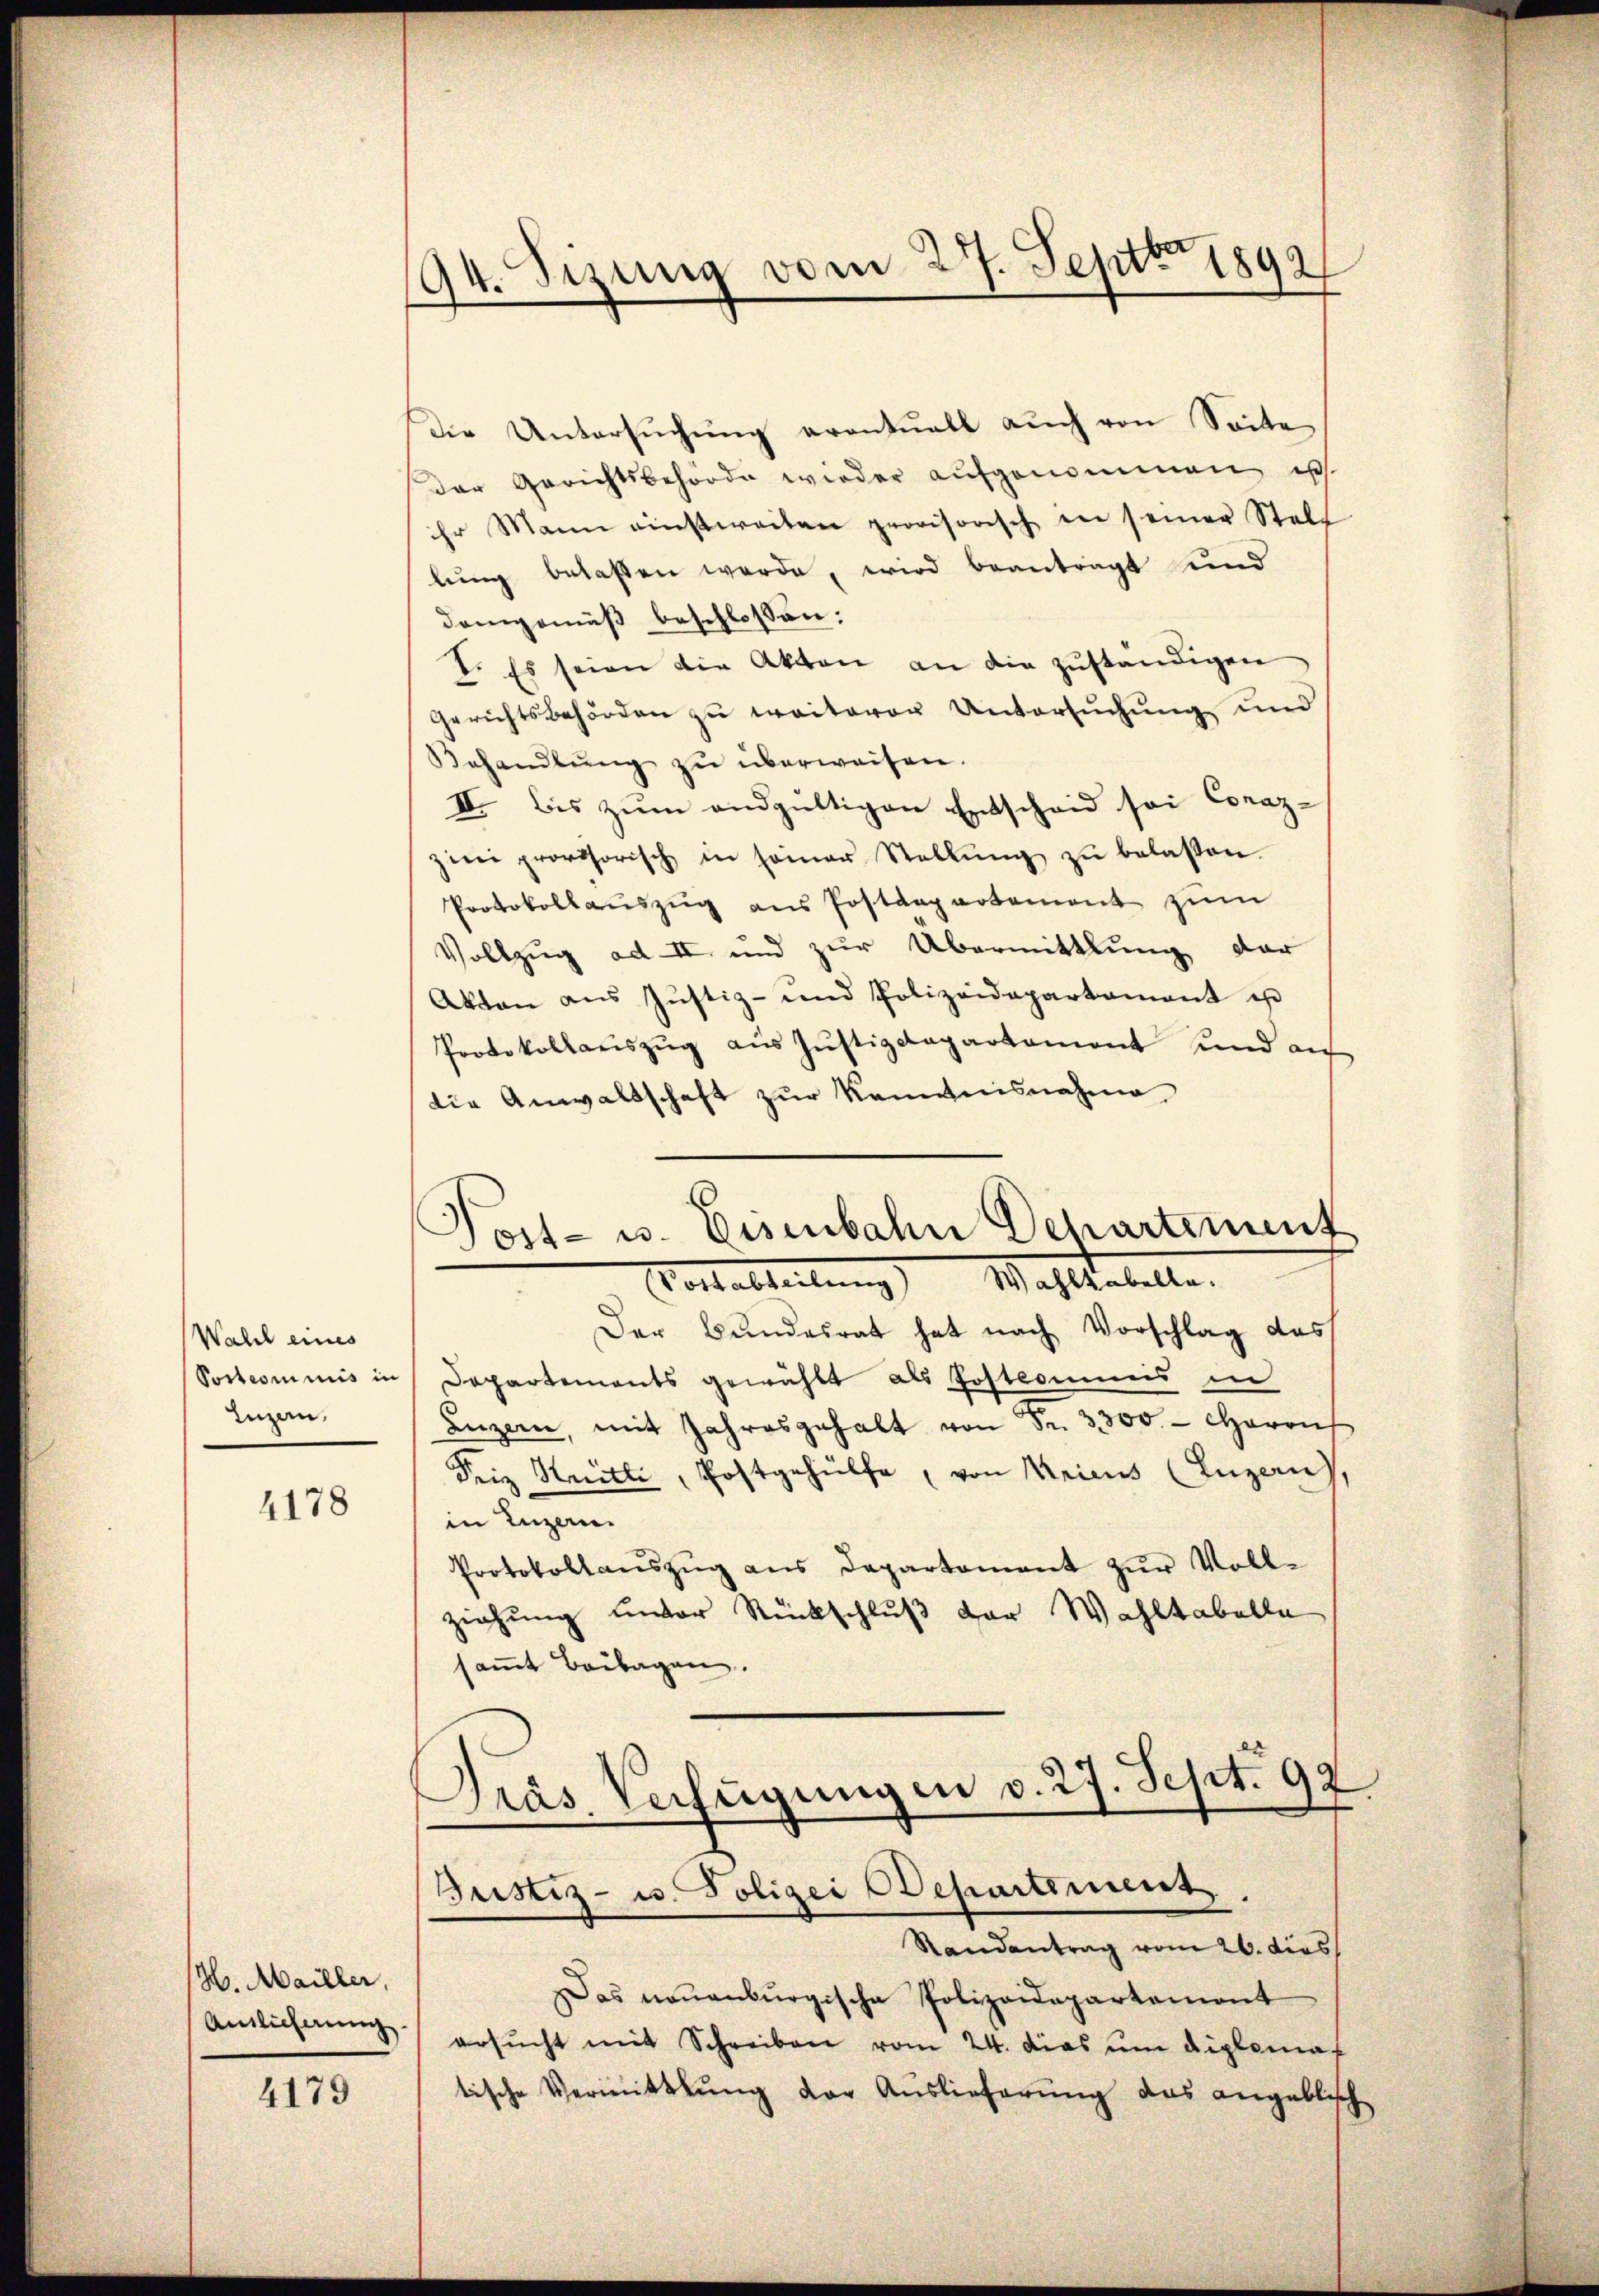
Wahl eines
Postcommis in
Luzern,

4178

H. Mailler.
Antlicherung

4179

94. Sizung vom 27. Septbr 1892

Die Untersŭchŭng eventuell auch von Seite
Der Gerichtsbehörde wieder aufgenommen ist
ihr Mann einstweiten provisorisch in seiner Stell
lung belassen werde, wird beantragt und
demgemäß beschlossen:
1. Es seien die Akten an die zuständigen
Gerichtsbehörden zu weiteren Untersuchung und
Behandlŭng zŭ überweisen.
II. bis zum andgültigen Entscheid sei Conaz-
zini provisorisch in seiner Stellŭng zŭ belassen.
Protokollauszug aus Postdepartement zum
Vollzug ad II und zur Übermittlung der
Akten aus Jŭstiz- und Polizeidepartamant es
Protokollanszŭg aŭs Jŭstizdepartament und auf
die Anwaltschaft zur Kenntnisnahme
Post- u. Eisenbahn Departement
Vaterbteilung Wahltabelle.
Der Bundesrat hat nach Vorschlag das
Departements gewählt als Postcomuns in
Luzern, mit Jahresgehalt von Fr. 3300.- Carris
Friz Heitli, Postgehülfe, von Kricus (Luzern
in Luzern
Protokollaŭszŭg ans Departamant zŭr Voll-
ziehung unter Rückschluß der Wahltabelle
samt Beilagen.
Pras Verfügungen v. 27. Sept. 99

(Justiz- u. Polizei Departement.
Randantrag vom 26. dies

Das neuenburgische Polizeidepartement
ersŭcht mit Schreiben vom 24. dies ŭm diploma
tische Vermittlung der Auslieferung das angeblich